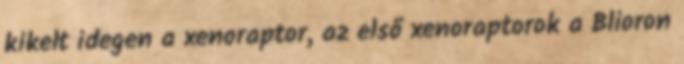
kikelt idegen a xenoraptor, az első xenoraptorok a Blioron